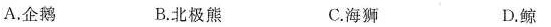
A.企鹅 B.北极熊 C.海狮 D.鲸